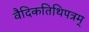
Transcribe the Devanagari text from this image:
वैदिकतिथिपत्रम्